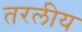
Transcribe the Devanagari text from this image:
तरलीय